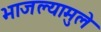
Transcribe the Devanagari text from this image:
भाजल्यामुले